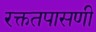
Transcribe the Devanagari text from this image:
रक्ततपासणी